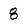
Character: 8